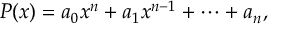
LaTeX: P ( x ) = a _ { 0 } x ^ { n } + a _ { 1 } x ^ { n - 1 } + \cdots + a _ { n } ,